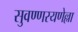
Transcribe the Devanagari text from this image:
सुवण्णरयणेल्ला